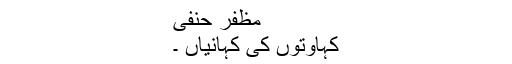
مظفرؔ حنفی
کہاوتوں کی کہانیاں ۔